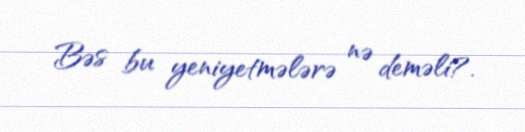
Bəs bu yeniyetmələrə nə deməli?.